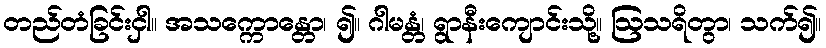
တည်တံခြင်းငှါ။ အသက္ကောန္တော၊ ၍။ ဂါမန္တံ၊ ရွာနီးကျောင်းသို့။ ဩသရိတွာ၊ သက်၍။